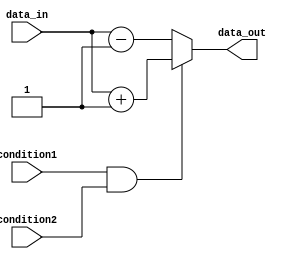
module behavioral_block (
    input condition1,
    input condition2,
    input data_in,
    output reg data_out
);

always @(*) begin
    if (condition1 && condition2) begin
        // If both condition1 and condition2 are true
        // Perform a set of operations
        data_out = data_in + 1;
    end
    else begin
        // If either condition1 or condition2 is false
        // Perform a different set of operations
        data_out = data_in - 1;
    end
end

endmodule